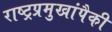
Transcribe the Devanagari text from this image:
राष्ट्रप्रमुखांपैकी